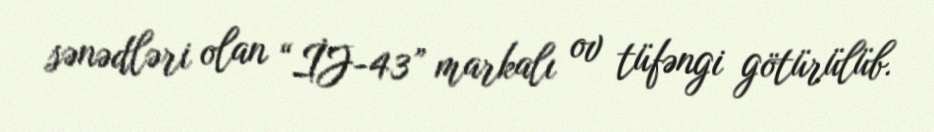
sənədləri olan “İJ-43” markalı ov tüfəngi götürülüb.